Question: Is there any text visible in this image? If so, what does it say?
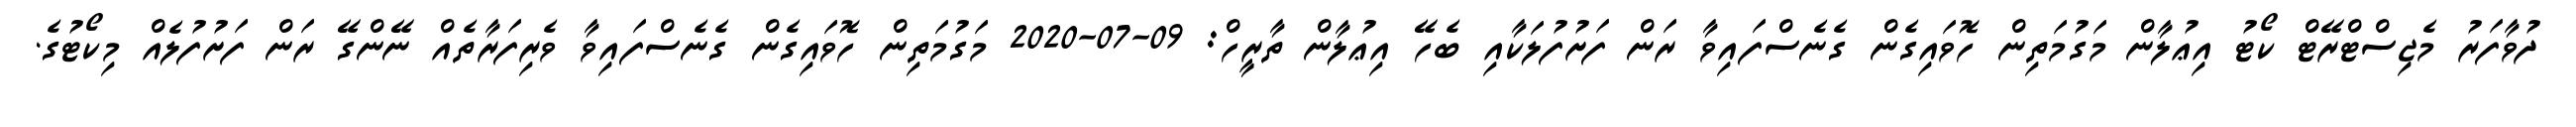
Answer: ދުވާފަރު މެޖިސްޓްރޭޓް ކޯޓު އިޢުލާން މަގުމަތިން ހޮވައިގެން ގެނެސްފައިވާ ރަން ފަށުފުލަކާއި ބެހޭ އިޢުލާން ތާރީހް: 09-07-2020 މަގުމަތިން ހޮވައިގެން ގެނެސްފައިވާ ވެރިފަރާތެއް ނޭންގޭ ރަން ފަށުފުލެއް މިކޯޓުގެ.